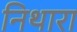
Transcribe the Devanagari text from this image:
निथारा